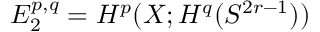
E _ { 2 } ^ { p , q } = H ^ { p } ( X ; H ^ { q } ( S ^ { 2 r - 1 } ) )